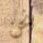
نحن